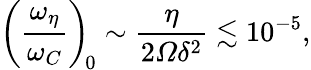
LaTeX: \left(\frac{\omega_{\eta}}{\omega_{C}}\right)_{\! 0}\sim\frac{\eta}{2\varOmega\delta^{2}}\lesssim 10^{-5},